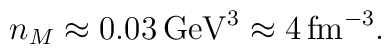
n_M \approx 0.03\, {\rm GeV}^3 \approx 4\, {\rm fm}^{-3}.